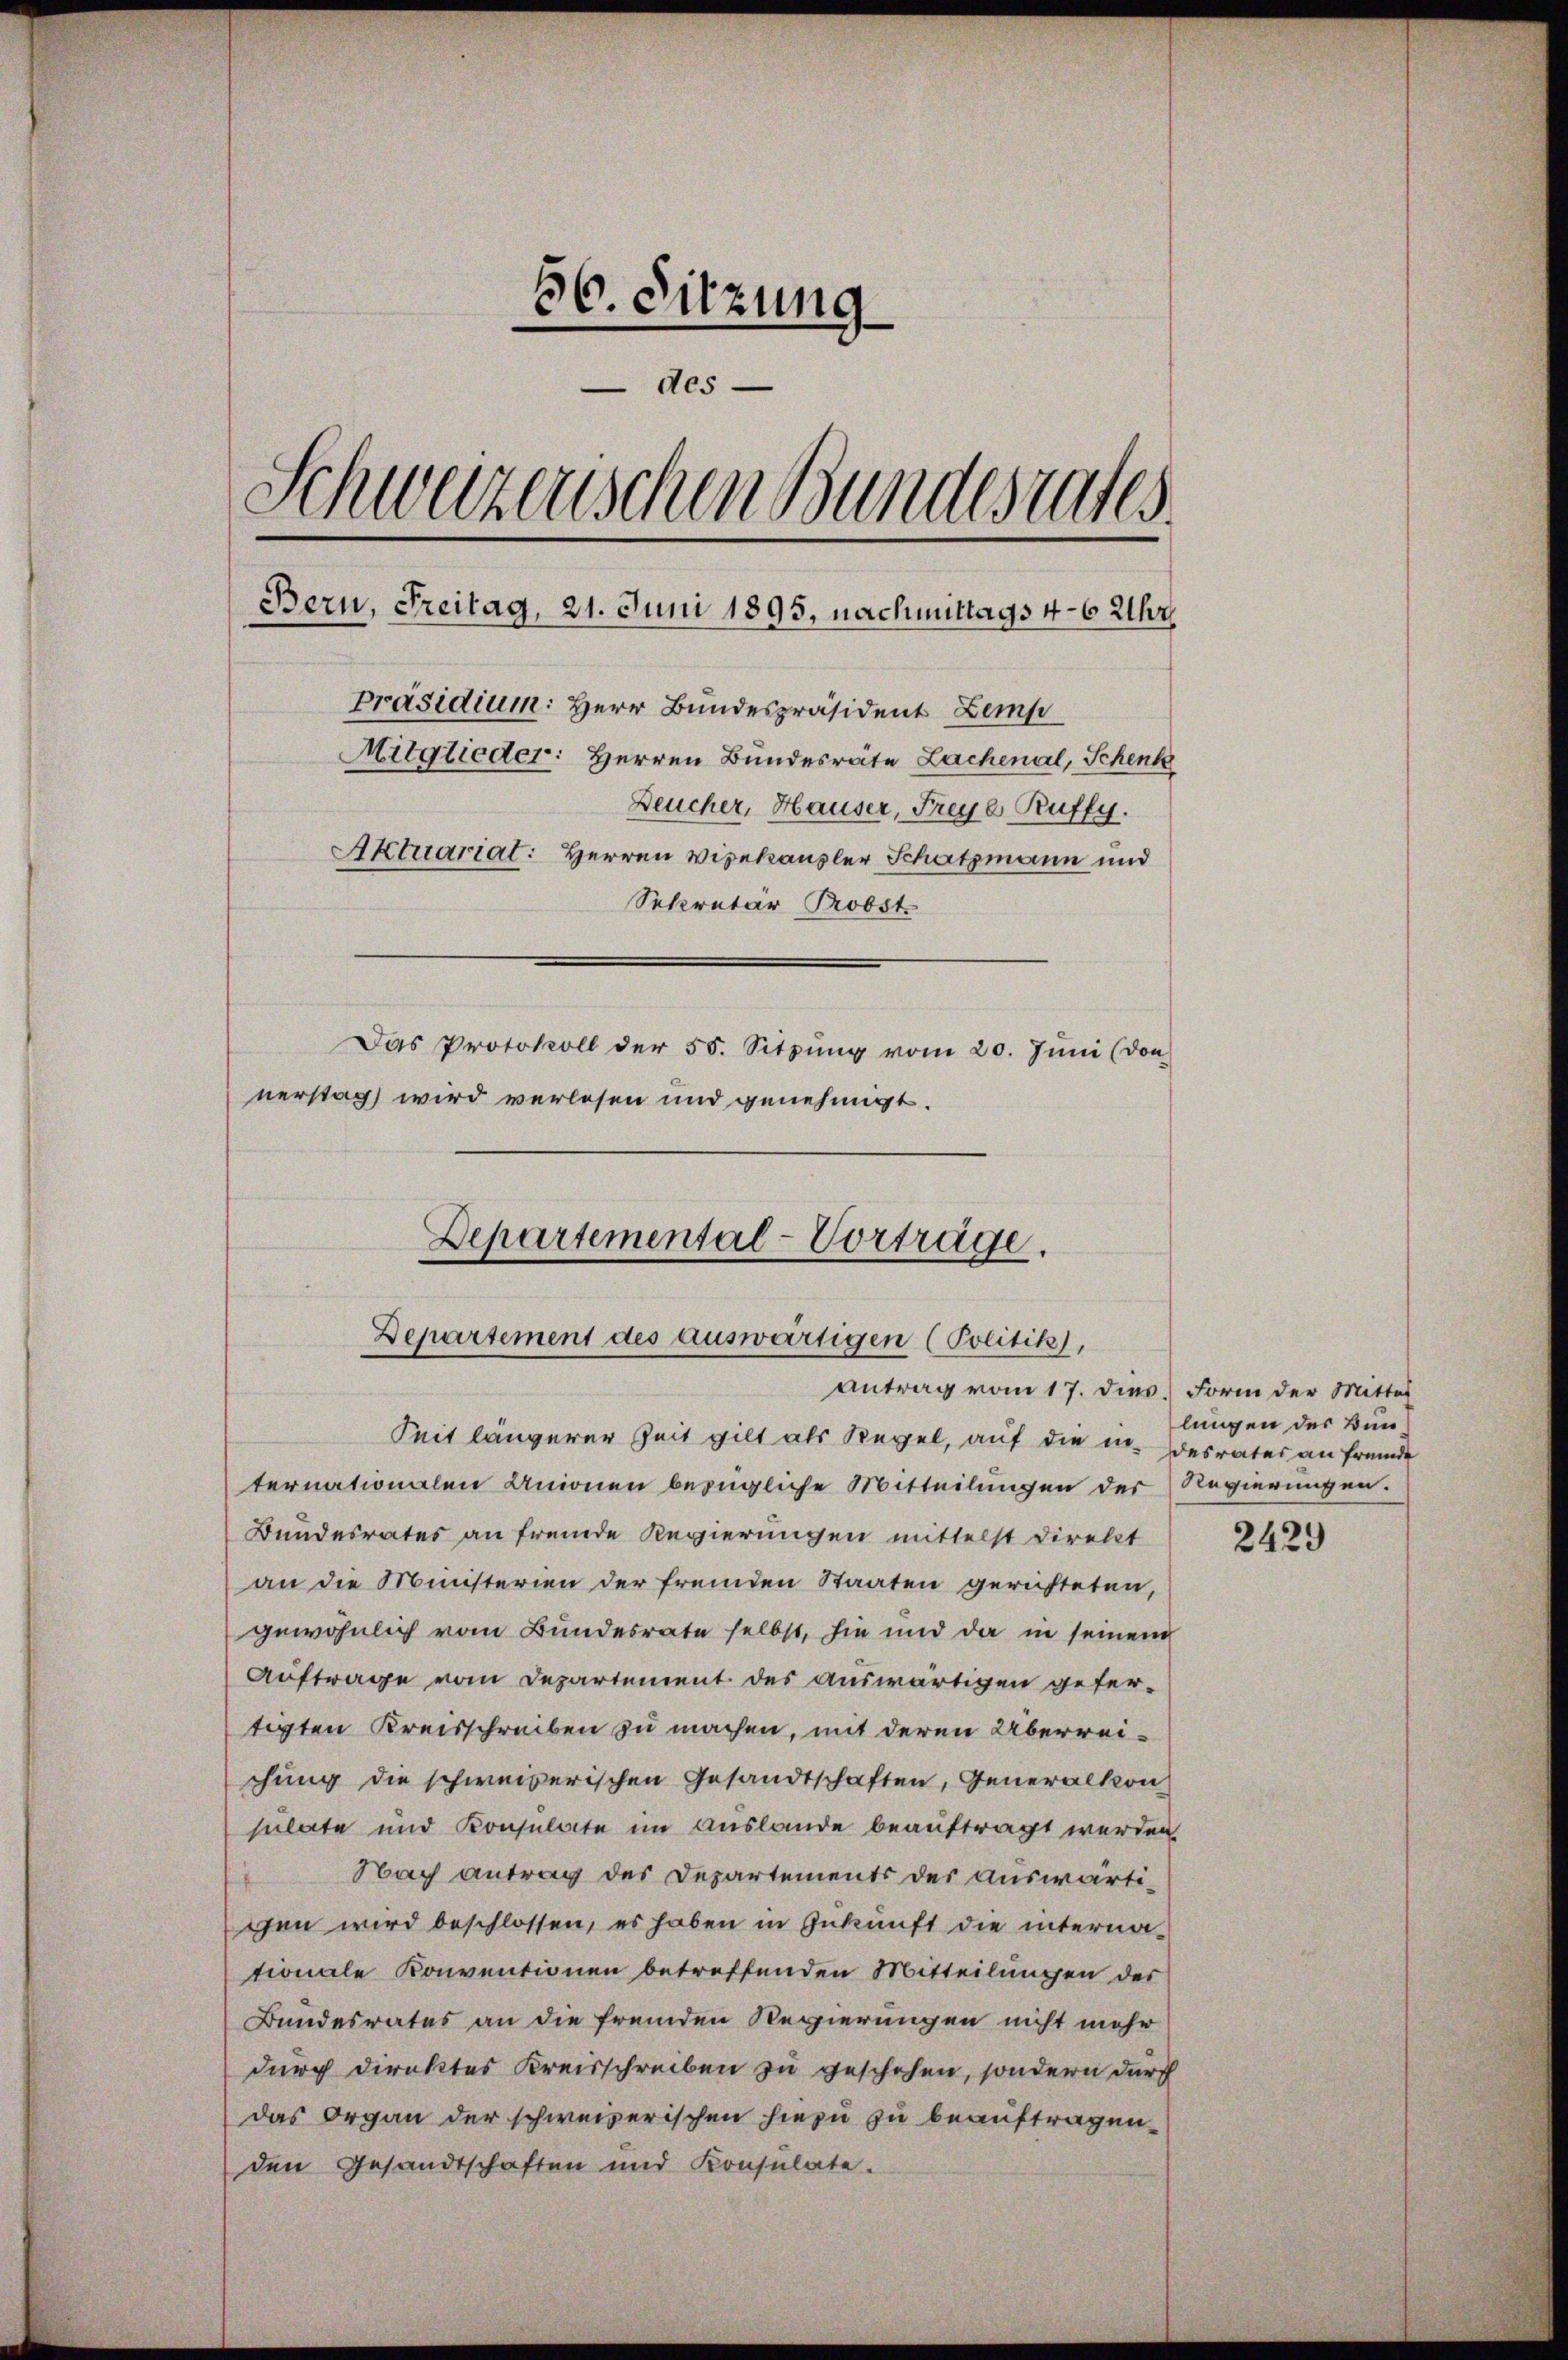
86. Sitzung
des
Schweizerischen Bundesrates.
Bern, Freitag, 21. Juni 1895, nachmittags 4-6 Uhr,
Präsidium: Herr Bundespräsident Zemp
Mitglieder: Herren Bundesräte Lachenal, Schenk
Deucher, Hauser, Freye Ruffy.
Aktuariat: Herren Vizekanzler Schatzmann und
Sekretär Probst.
Das Protokoll der 50. Sitzŭng vom 20. Jŭni (von
nerstag wird verlesen und genehmigt.

Departemental-Vortrage.
Departement des auswärtigen (Politik),
antrag vom 17. dies. Form der Mittel

Seit längerer Zeit gilt als Regel, auf die indesrater an fremde
ternationalen Unionen bezügliche Mitteilungen der Regierungen.
Bundesrates an fremde Regierungen mittelst Direkt
an die Ministerien der fremden Staaten gerichteten,
gewöhnlich vom Bundesrate selbst, sie und da in seinem
Auftrage vom Departement des auswärtigen gefer-
tigten Kreisschreiben zu machen, mit deren Überrei-
chung die schweizerischen Gesandtschaften, Generalkon
sulate und Konsulate im Auslande beauftragt werden.
Nach antrag des Departements der auswärti-
gen wird beschlossen, es haben in Zukunft die internationale Konventionen betreffenden Mitteilungen des
Bundesrates an die fremden Regierungen nicht mehr
durch direktes Kreisschreiben zu geschehen, sondern durch
das Organ der schweizerischen hiezu zu beauftragen.
den Gesandtschaften und Konsulate.

lungen der Bun¬

2429